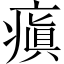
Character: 瘨